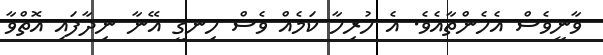
ވާނީވެސް އެހެންތާއެވެ. އެ ހުރިހާ ކަމެއް ވެސް ހިނގީ އޭނާ ނިދާފައި އޮތްވާ